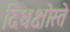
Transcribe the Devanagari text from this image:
दिधक्षोस्ते